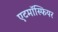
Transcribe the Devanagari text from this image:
एटमॉस्फियर